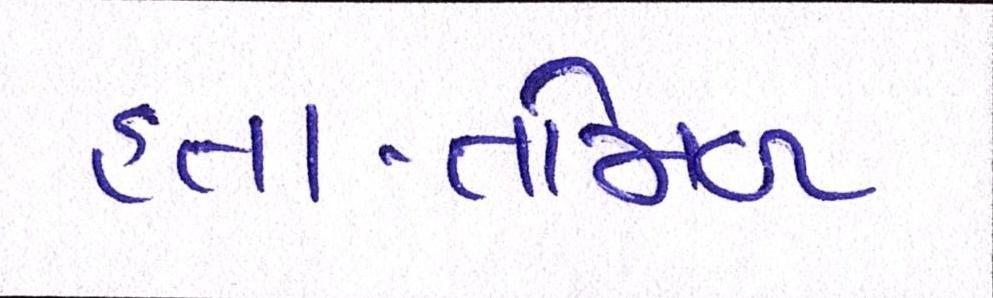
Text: હતા-તમિળ